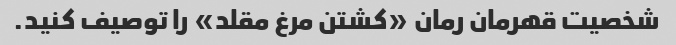
شخصیت قهرمان رمان «کشتن مرغ مقلد» را توصیف کنید.